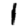
Digit: 1